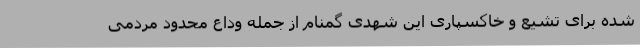
شده برای تشیع و خاکسپاری این شهدی گمنام از جمله وداع‌ محدود مردمی